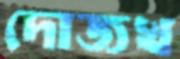
দোজখ